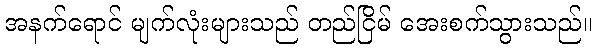
အနက်ရောင် မျက်လုံးများသည် တည်ငြိမ် အေးစက်သွားသည်။